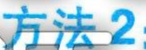
方法2